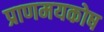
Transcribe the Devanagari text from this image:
प्राणमयकोष